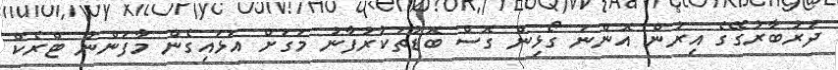
ދަރުބާރުގޭގެ އިރުން އޮންނަ ގޯޅިން ގޮސް ބޮޑުތަކުރުފާނު މަގަށް އަޅައިގެން މާފަންނު ޓްރެކް